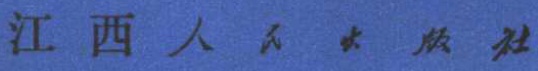
江西人民出版社